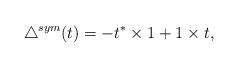
LaTeX: \begin{align*}\triangle^{sym} (t) = -t^* \times 1 + 1\times t,\end{align*}